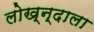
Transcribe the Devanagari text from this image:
लोख्न्दाला